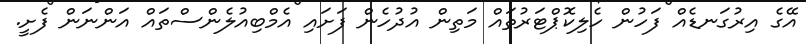
އޭގެ އިރުގަނޑެއް ފަހުން ހެލިކޮޕްޓަރުތައް މަތިން އުދުހެން ފަށައި އެމްބިއުލެންސްތައް އަންނަން ފެށީ.